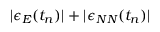
| \epsilon _ { E } ( t _ { n } ) | + | \epsilon _ { N N } ( t _ { n } ) |